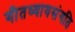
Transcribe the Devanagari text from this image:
गीतध्यायसंगति